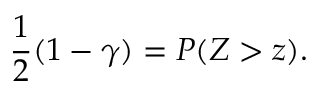
{ \frac { 1 } { 2 } } ( 1 - \gamma ) = P ( Z > z ) .